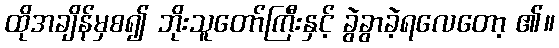
ထိုအချိန်မှစ၍ ဘိုးသူတော်ကြီးနှင့် ခွဲခွာခဲ့ရလေတော့ ၏။